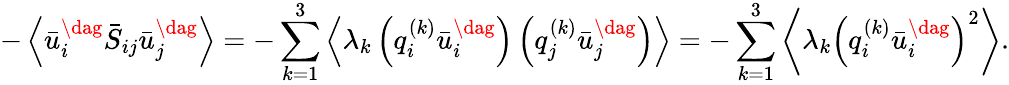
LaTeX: -\left\langle{\bar{u}_{i}^{\dag}{{\bar{S}}_{ij}}\bar{u}_{j}^{\dag}}\right\rangle=-\sum_{k=1}^{3}{\left\langle{{\lambda_{k}}\left({q_{i}^{\left(k\right)}\bar{u}_{i}^{\dag}}\right)\left({q_{j}^{\left(k\right)}\bar{u}_{j}^{\dag}}\right)}\right\rangle}=-\sum_{k=1}^{3}{\left\langle{{\lambda_{k}}{{\left({q_{i}^{\left(k\right)}\bar{u}_{i}^{\dag}}\right)}^{2}}}\right\rangle}.